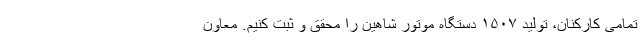
تمامی کارکنان، تولید ۱۵۰۷ دستگاه موتور شاهین را محقق و ثبت کنیم. معاون